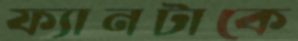
ফ্যানটাকে